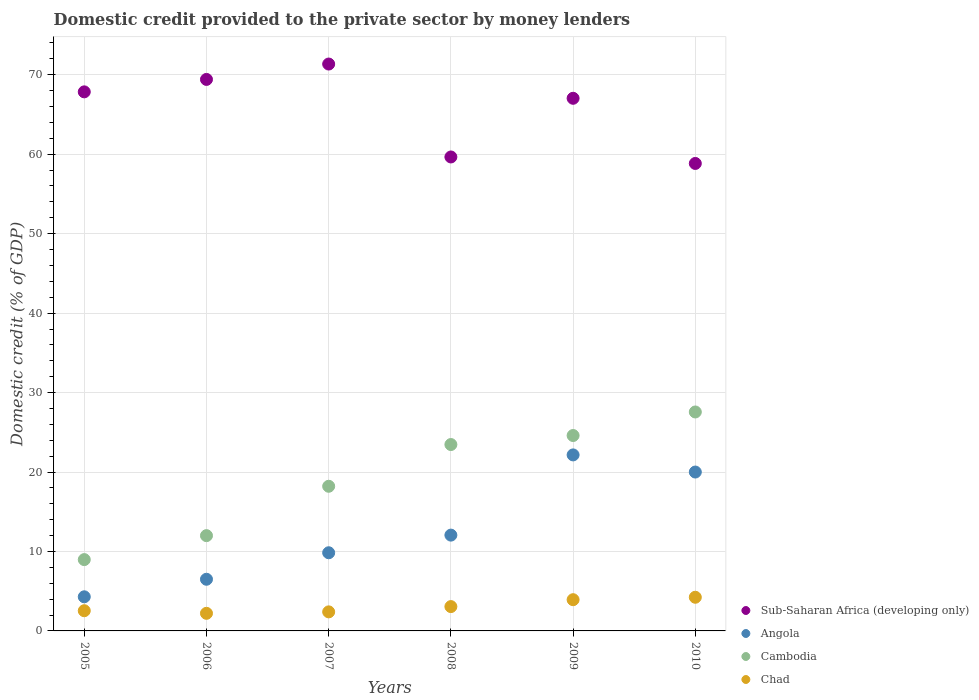
| Years | Sub-Saharan Africa (developing only) | Angola | Cambodia | Chad |
 | --- | --- | --- | --- | --- |
 | 2005 | 67.8 | 4.29 | 8.98 | 2.54 |
 | 2006 | 69.4 | 6.5 | 12 | 2.22 |
 | 2007 | 71.4 | 9.84 | 18.2 | 2.4 |
 | 2008 | 59.7 | 12.1 | 23.5 | 3.06 |
 | 2009 | 67 | 22.2 | 24.6 | 3.93 |
 | 2010 | 58.8 | 20 | 27.6 | 4.24 |